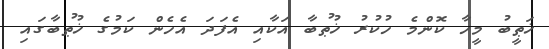
ޚަޠީބު މީހާ ކޮންމެ ހުކުރު ޚުޠުބާ އަކާއި އެފަދަ އެހެން ކަމުގެ ޚުޠުބާގައި